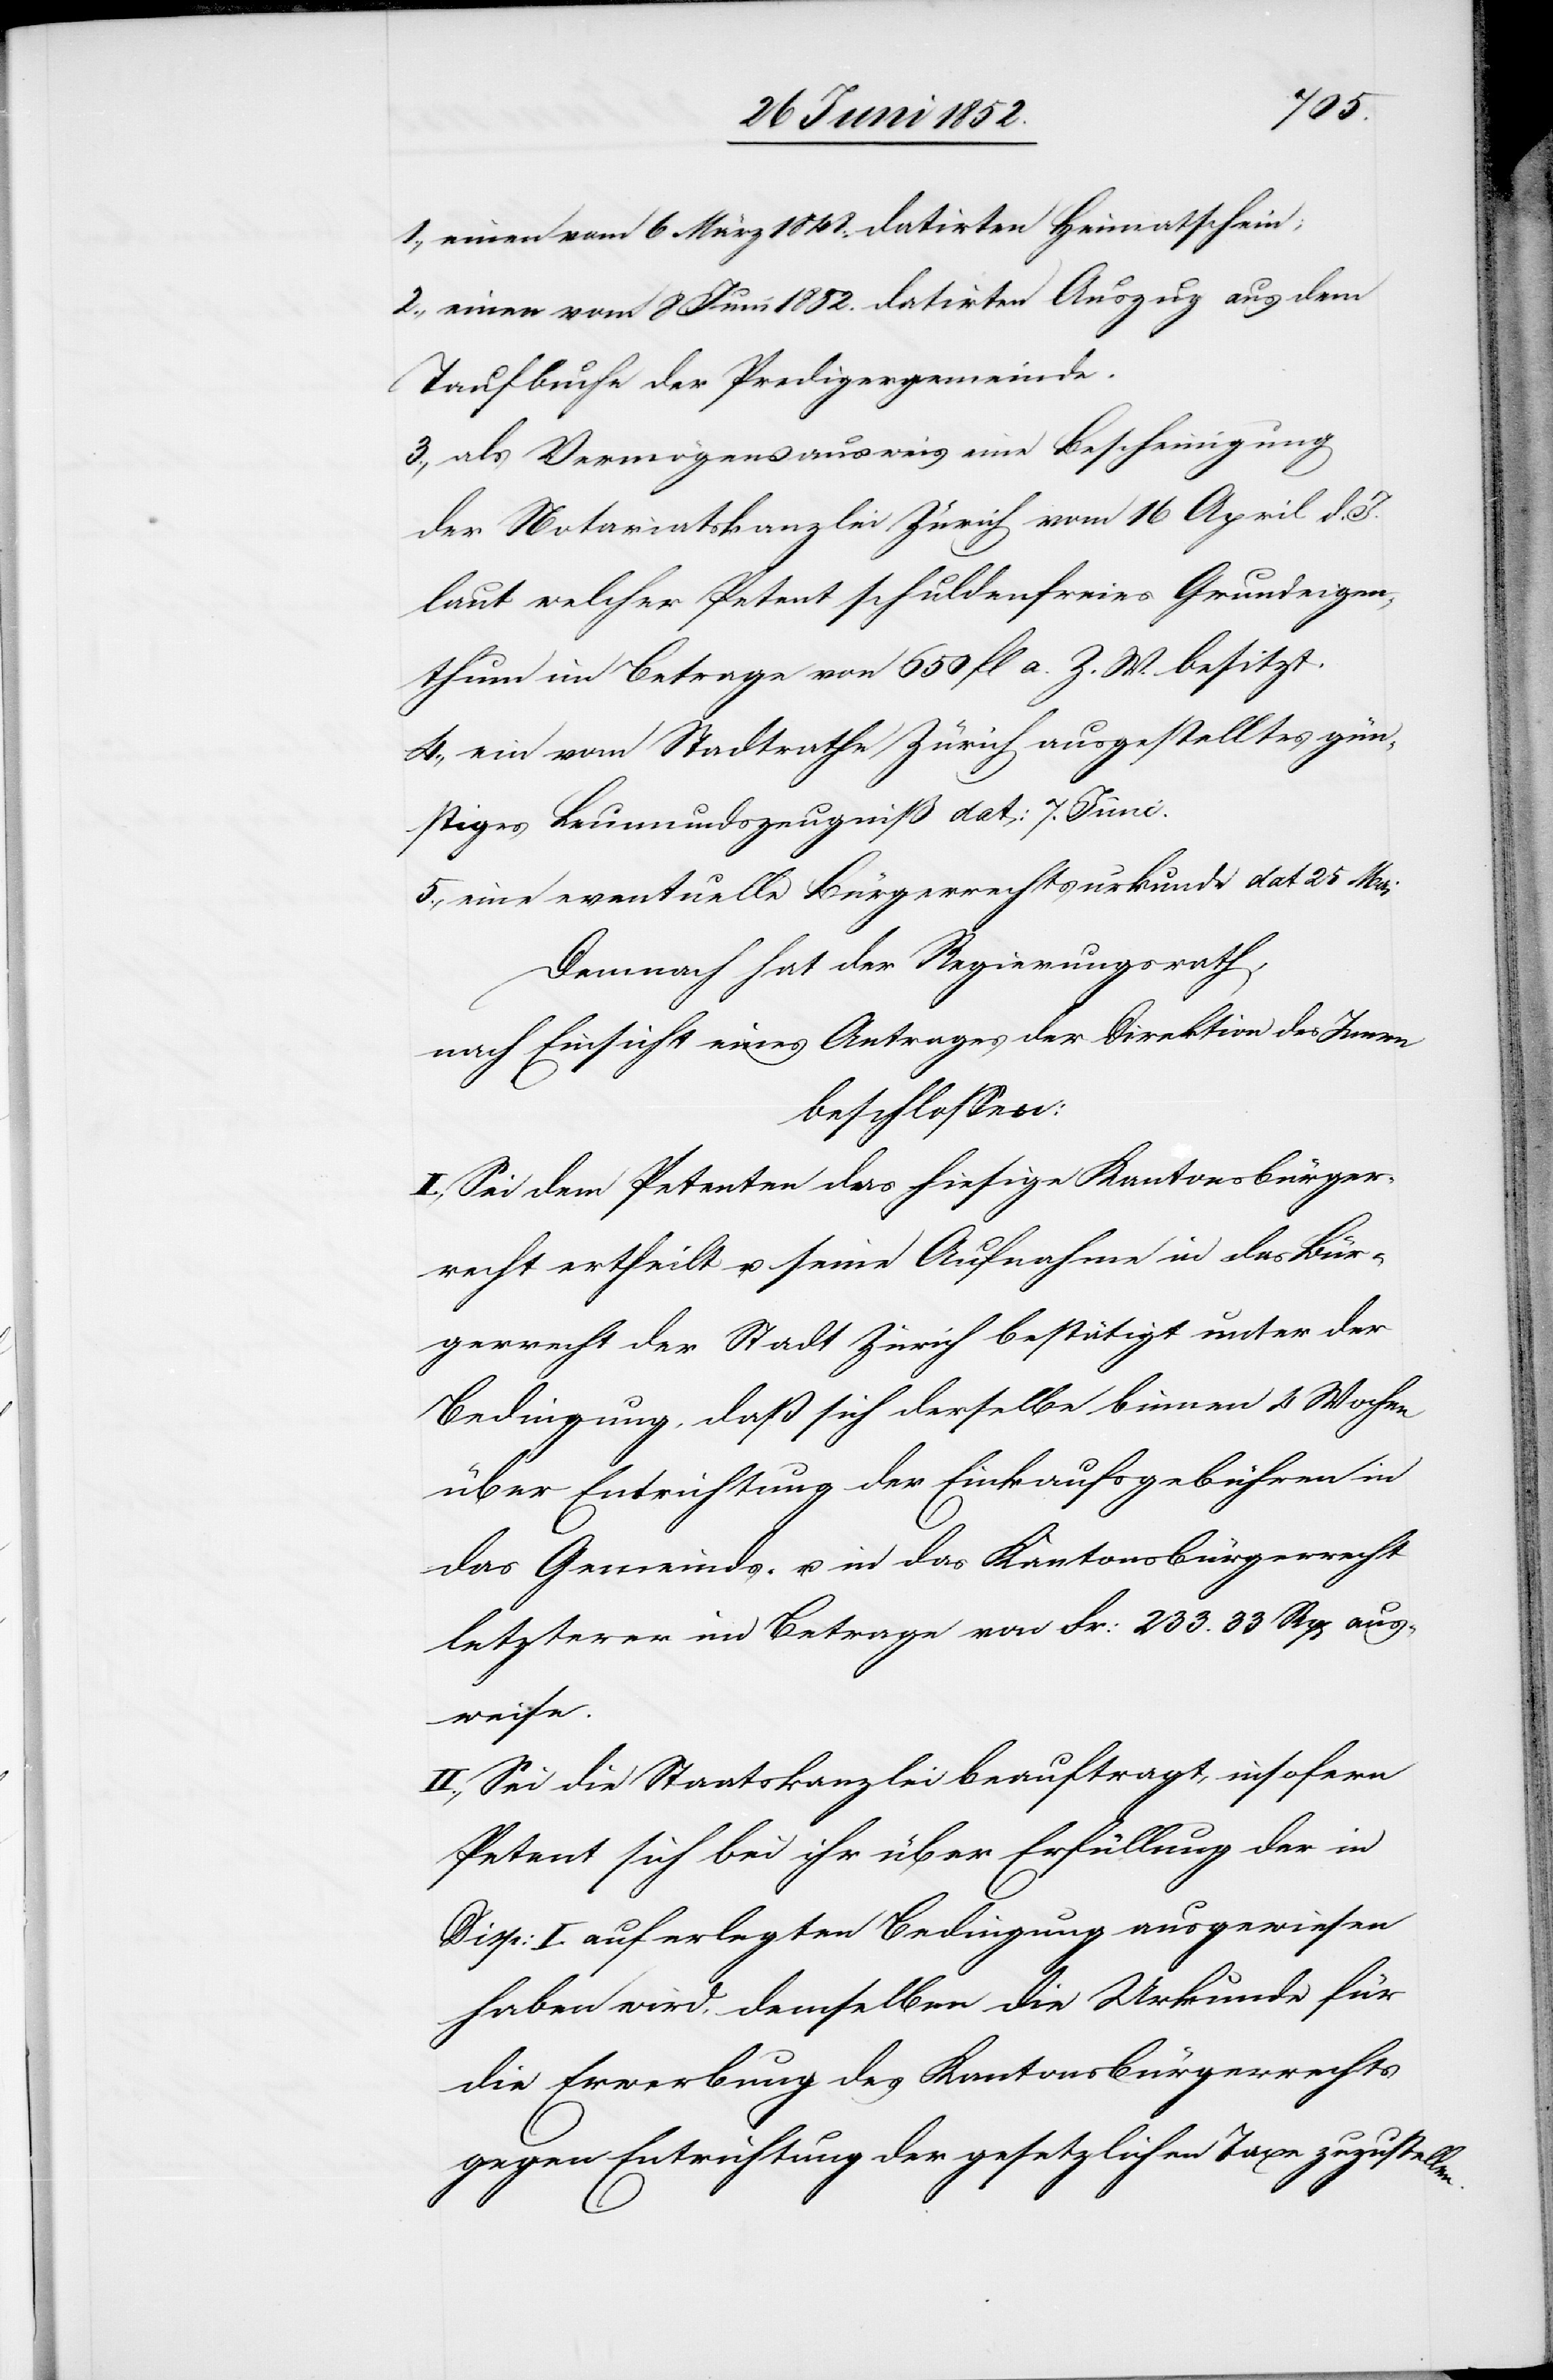
len.
einen vom 6 März 1848. datirten Heimatschein;
einen vom 8 Juni 1852. datirten Auszug aus dem
Taufbuche der Predigergemeinde.
als Vermögensausweis eine Bescheinigung
der Notariatskanzlei Zürich vom 16 April d.
laut welcher Petent schuldenfreies Grundeigen¬
thum im Betrage von 650 fl a. Z. W. besitzt.
ein vom Stadtrathe Zürich ausgestelltes gün¬
stiges Leumundszeugniß dat: 7. Juni.
eine eventuelle Bürgerrechtsurkunde dat 25 Mai
Demnach hat der Regierungsrath,
nach Einsicht eines Antrages der Direktion des Inn[e]rn
beschlossen:
I., Sei dem Petenten das hiesige Kantonsbürger¬
recht ertheilt u. seine Aufnahme in das Bür¬
gerrecht der Stadt Zürich bestätigt unter der
Bedingung, daß sich derselbe binnen 4 Wochen
über Entrichtung der Einkaufsgebühren in
das Gemeinds- u. in das Kantonsbürgerrecht
letzterer im Betrage von Fr: 233. 33 Rp[en] aus¬
weise.
II., Sei die Staatskanzlei beauftragt, insofern
Petent sich bei ihr über Erfüllung der in
Disp: I. auferlegten Bedingung ausgewiesen
haben wird, demselben die Urkunde für
die Erwerbung des Kantonsbürgerrechts
gegen Entrichtung der gesetzlichen Taxe zuzustel¬